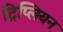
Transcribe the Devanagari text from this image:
ट्रिप्लियन